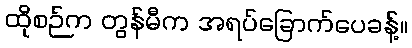
ထိုစဉ်က တွန်မီက အရပ်ခြောက်ပေခန့်။